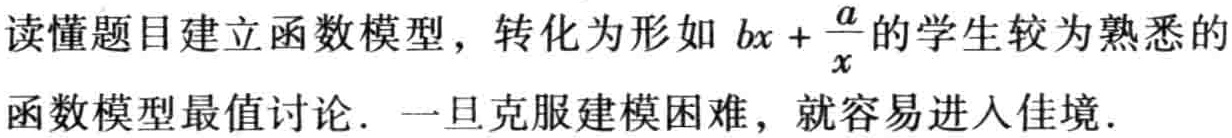
读懂题目建立函数模型，转化为形如 \(bx + \frac{a}{x}\) 的学生较为熟悉的函数模型最值讨论. 一旦克服建模困难，就容易进入佳境.